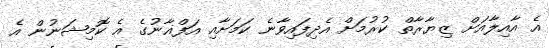
އެ އާއިލާއަށް ޒިޔާރާތް ކުރުމަށް އެދިފައިވާނެ ކަމަށާއި އަފްޣާނުގެ އެ ކޮމިޝަނުން އެ